Annual administration report of the Civil Veterinary Department of India - 1895-1896
Year: 1895
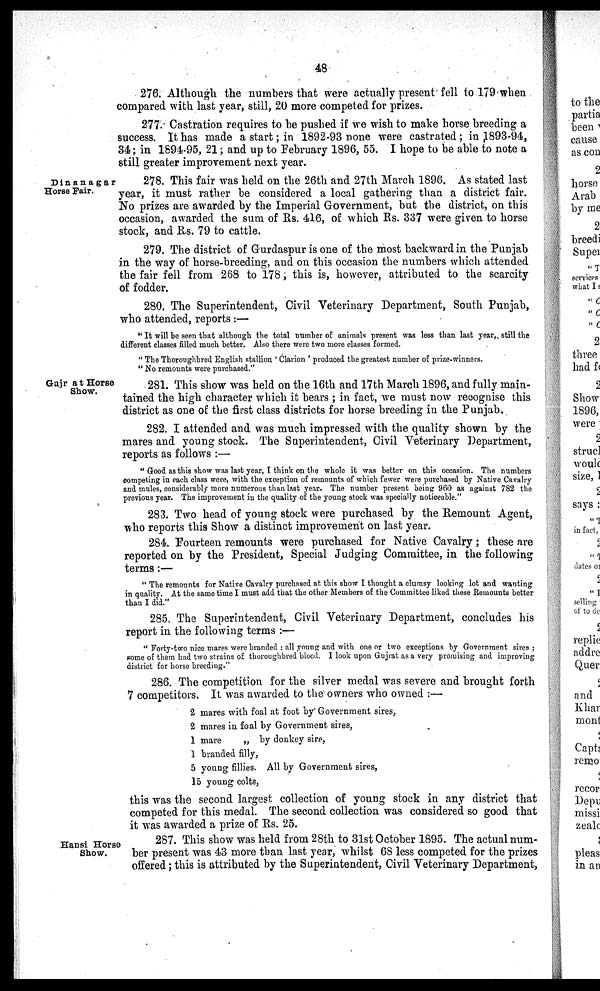
48
276. Although the numbers that were actually present fell to 179 when
compared with last year, still, 20 more competed for prizes.
277. Castration requires to be pushed if we wish to make horse breeding a
success. It has made a start; in 1892-93 none were castrated; in 1893-94,
34; in 1894-95, 21; and up to February 1896, 55. I hope to be able to note a
still greater improvement next year.
Dinanagar
Horse Fair.
278. This fair was held on the 26th and 27th March 1896. As stated last
year, it must rather be considered a local gathering than a district fair.
No prizes are awarded by the Imperial Government, but the district, on this
occasion, awarded the sum of Rs. 416, of which Rs. 337 were given to horse
stock, and Rs. 79 to cattle.
279. The district of Gurdaspur is one of the most backward in the Punjab
in the way of horse-breeding, and on this occasion the numbers which attended
the fair fell from 268 to 178, this is, however, attributed to the scarcity
of fodder.
280. The Superintendent, Civil Veterinary Department, South Punjab,
who attended, reports:—
"It will be seen that although the total number of animals present was less than last year, still the
different classes filled much better. Also there were two more classes formed.
"The Thoroughbred English stallion ' Clarion ' produced the greatest number of prize-winners.
"No remounts were purchased."
Gujr at Horse
Show.
281. This show was held on the 16th and 17th March 1896, and fully main-
tained the high character which it bears; in fact, we must now recognise this
district as one of the first class districts for horse breeding in the Punjab.
282. I attended and was much impressed with the quality shown by the
mares and young stock. The Superintendent, Civil Veterinary Department,
reports as follows:—
"Good as this show was last year, I think on the whole it was better on this occasion. The numbers
competing in each class were, with the exception of remounts of which fewer were purchased by Native Cavalry
and mules, considerably more numerous than last year. The number present being 960 as against 782 the
previous year. The improvement in the quality of the young stock was specially noticeable."
283. Two head of young stock were purchased by the Remount Agent,
who reports this Show a distinct improvement on last year.
284. Fourteen remounts were purchased for Native Cavalry; these are
reported on by the President, Special Judging Committee, in the following
terms:—
"The remounts for Native Cavalry purchased at this show I thought a clumsy looking lot and wanting
in quality. At the same time I must add that the other Members of the Committee liked these Remounts better
than I did."
285. The Superintendent, Civil Veterinary Department, concludes his
report in the following terms:—
"Forty-two nice mares were branded : all young and with one or two exceptions by Government sires;
some of them had two strains of thoroughbred blood. I look upon Gujrat as a very promising and improving
district for horse breeding."
286. The competition for the silver medal was severe and brought forth
7 competitors. It was awarded to the owners who owned:—
2 mares with foal at foot by Government sires,
2 mares in foal by Government sires,
1 mare
„ by donkey sire,
1 branded filly,
5 young fillies. All by Government sires,
15 young colts,
this was the second largest collection of young stock in any district that
competed for this medal. The second collection was considered so good that
it was awarded a prize of Rs. 25.
Hansi Horse
Show.
287. This show was held from 28th to 31st October 1895. The actual num-
ber present was 43 more than last year, whilst 68 less competed for the prizes
offered; this is attributed by the Superintendent, Civil Veterinary Department,